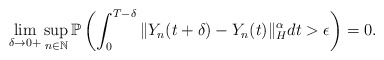
\begin{align*}\lim_{\delta\rightarrow 0+} \sup_{n\in\mathbb{N}} \mathbb{P} \left( \int_0^{T-\delta} \Vert Y_n (t+\delta) - Y_n (t) \Vert_{H}^{\alpha} dt > \epsilon \right) = 0 .\end{align*}